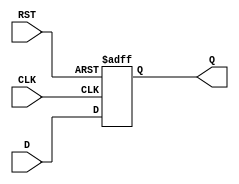
module IntermediateRegister (
    input wire D,         // Data input
    input wire CLK,       // Clock input
    input wire RST,       // Reset input
    output reg Q          // Data output
);

// Always block to capture data on clock edge
always @(posedge CLK or posedge RST) begin
    if (RST) begin
        Q <= 1'b0;       // Asynchronous reset to 0
    end else begin
        Q <= D;          // Capture data input on rising edge of clock
    end
end

endmodule